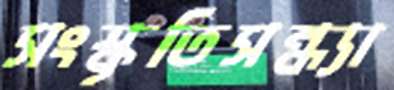
সংস্কৃতিসন্ধ্যা